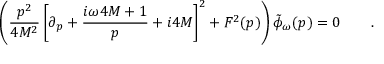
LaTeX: \left( { \frac { p ^ { 2 } } { 4 M ^ { 2 } } } \left[ \partial _ { p } + { \frac { i \omega 4 M + 1 } { p } } + i 4 M \right] ^ { 2 } + F ^ { 2 } ( p ) \right) \tilde { \phi } _ { \omega } ( p ) = 0 \qquad .